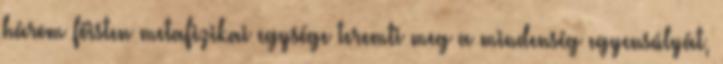
három főisten metafizikai egysége teremti meg a mindenség egyensúlyát,